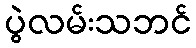
ပွဲလမ်းသဘင်